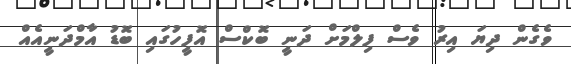
ވެގެން ދިޔަ އިރު ވެސް ފިލްމަށް ދަނީ ބޮކްސް އޮފީހުގައި ބޮޑު އާމްދަނީއެއް